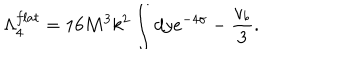
LaTeX: \Lambda _ { 4 } ^ { f l a t } = 1 6 M ^ { 3 } k ^ { 2 } \int d y e ^ { - 4 \sigma } - \frac { v _ { b } } { 3 } .